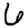
Digit: 6